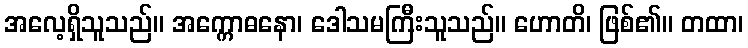
အလေ့ရှိသူသည်။ အက္ကောဓနော၊ ဒေါသမကြီးသူသည်။ ဟောတိ၊ ဖြစ်၏။ တထာ၊